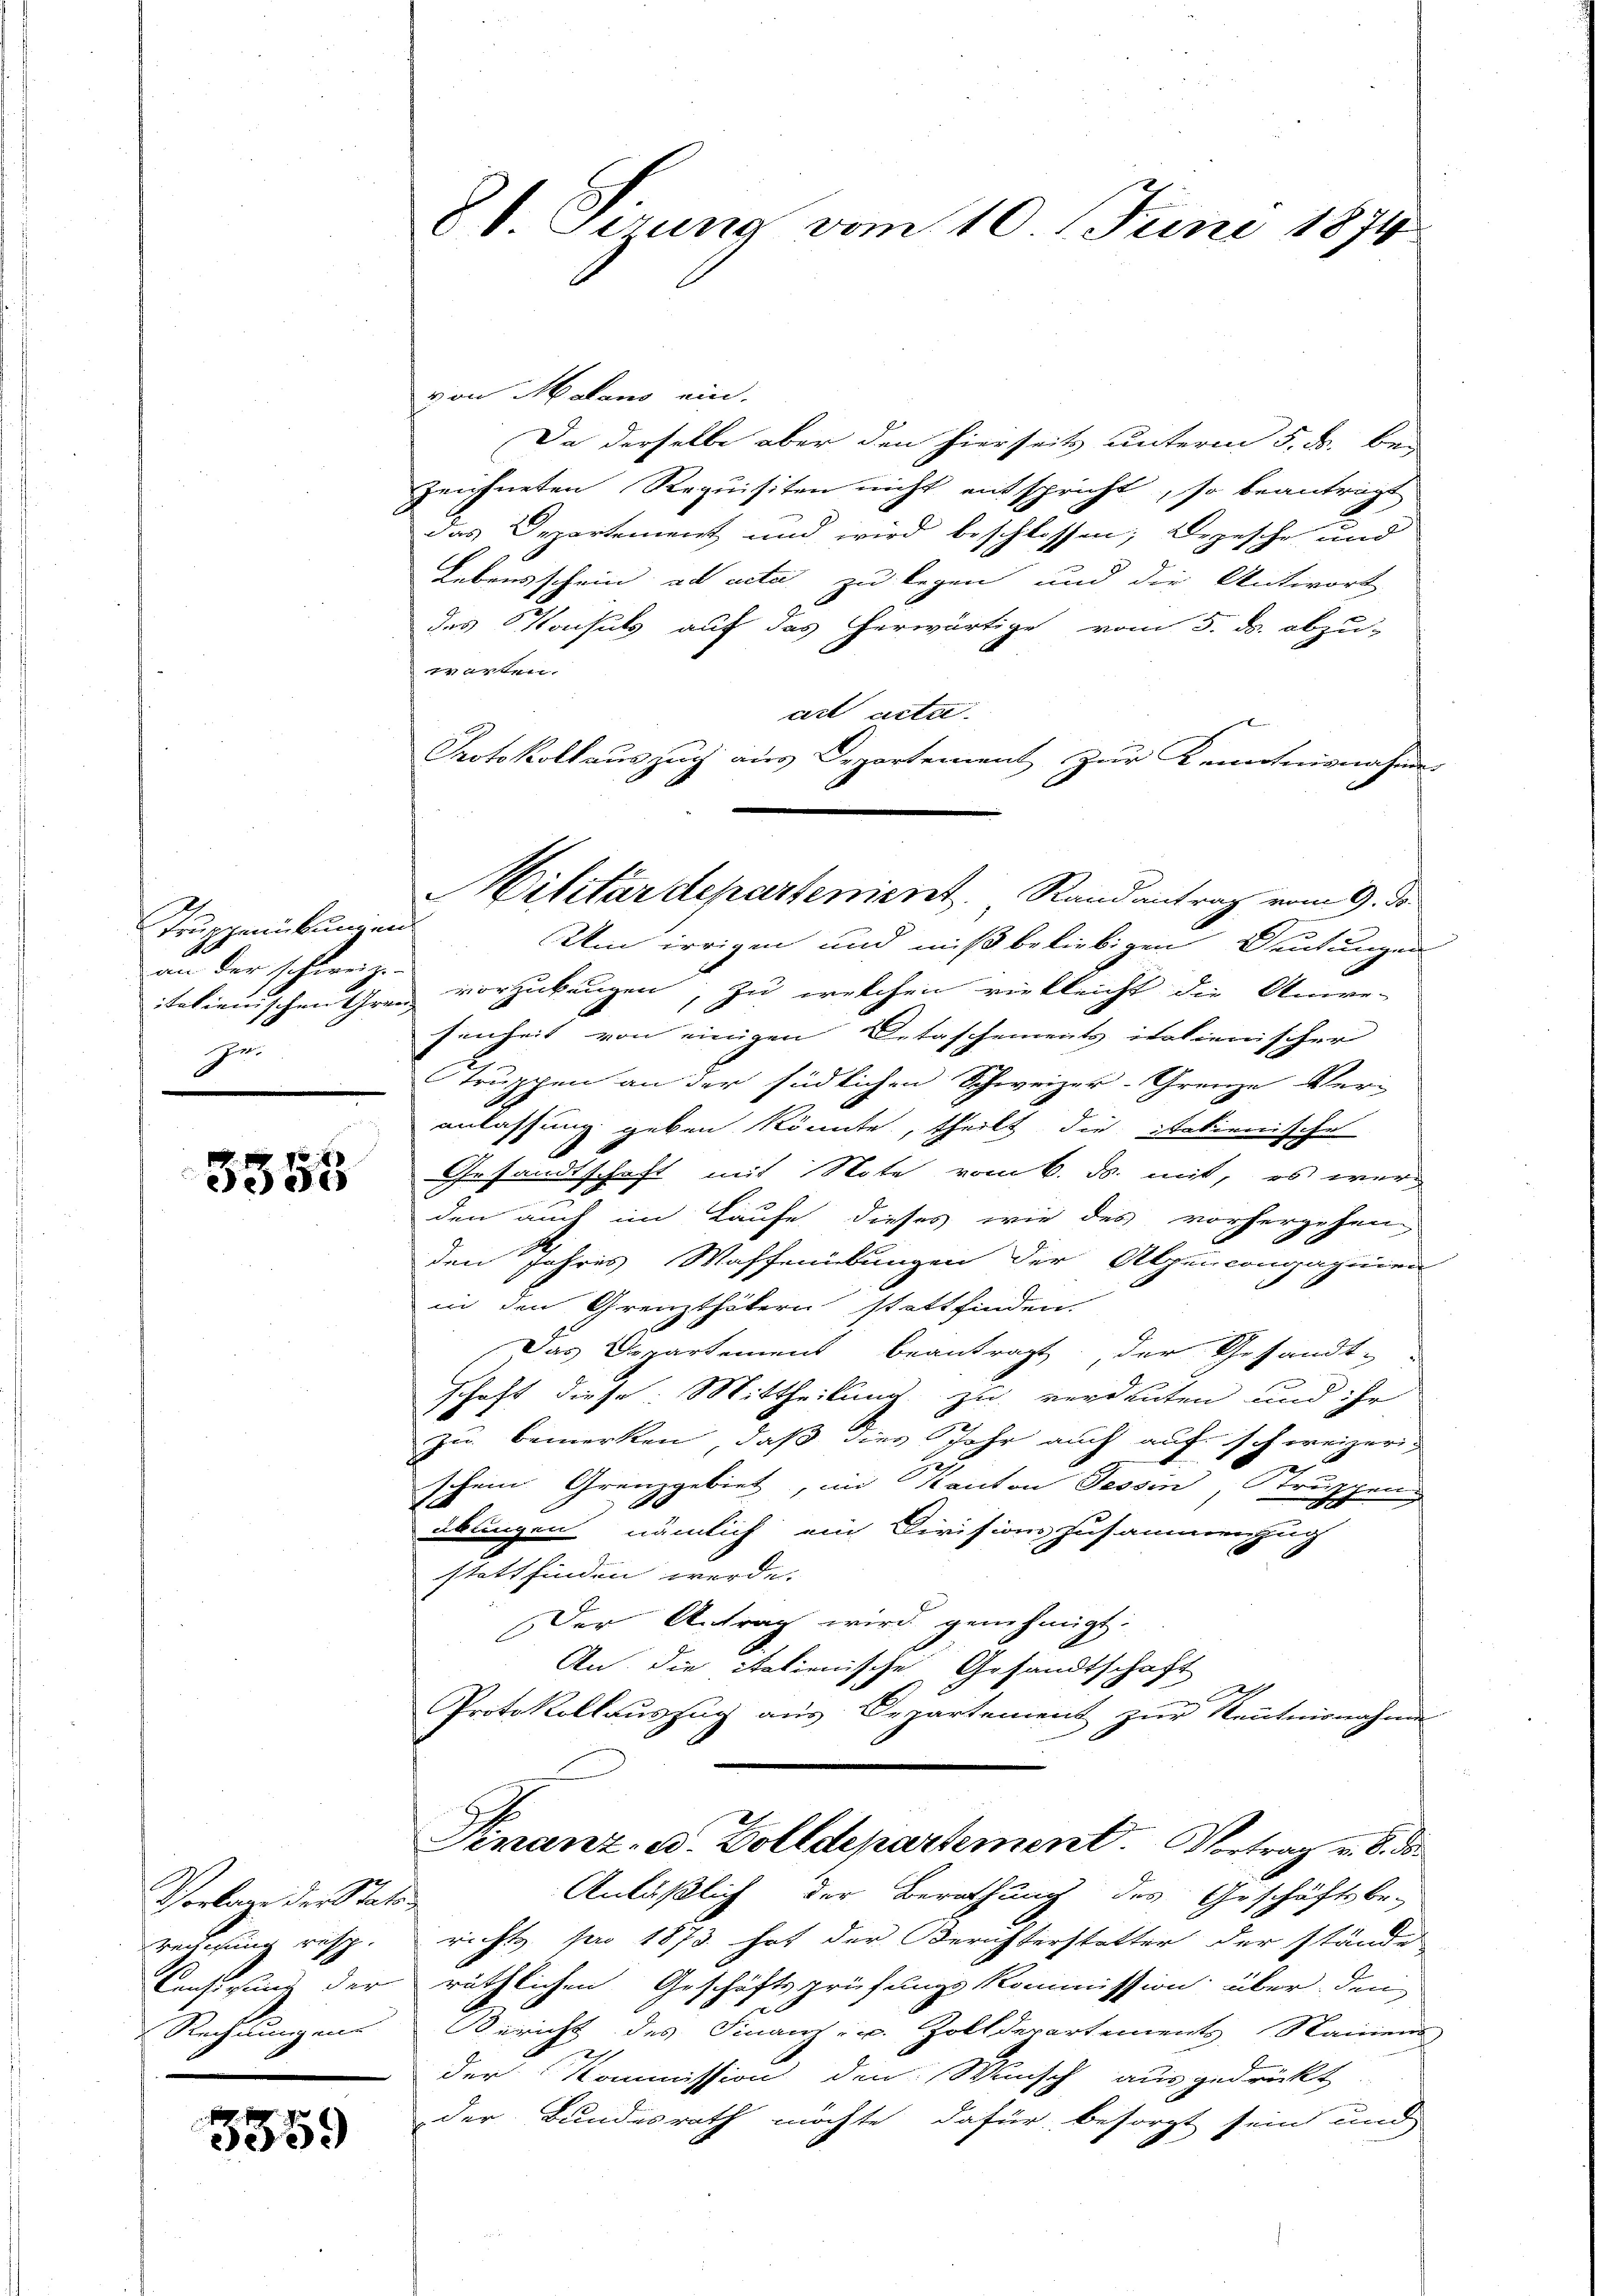
Teschmückungen
an der schweiz.
italienischen Gren
ge.

3358

Verbare der Statt
redigung resp.
Cansigung der
Rechnungen
.

3559

8t. Gerung vom 10. Juni 1874

von Malens ein.
Da derselbe aber den hierseits unterm 5. B. bei
zeichneten Requisiten nicht entspricht, so beanträgt
das Departement und wird beschlossen; Depesche und
Lebensschein ad acta zu legen und die Antwort
des Konsuls auf das herwärtige vom 5. ds. abzu-
rwarten.
art acte
x
Protokollauszug aus Departement zur Kenntnisnahme
2
Um irrigen und mißbeliebigen Deutungen
vorzubeugen, zu welchen vielleicht die Anwe-
senheit von einigen Detaschements italienischer
truppen an der südlichen Schweizer-Grenze Veranlassung geben könnte, theilt die Italienische
2
Gesandtschaft mit Note vom 6. ds. mit, es werden auch im Laufe dieses wie des vorhergehen
S
den Jahres Waffenübungen der Alpencongaginien
in den Grenzthätern stattfinden.
Das Departement beantragt, der Gesandt-
schaft diese Mittheilung zu verdeuten und ihr
zu bemerken, daß dies Jahr auch auf schweizerischein Grenzgebiet, im Kanton Tessin, Struppen
übungen nämlich ein Divisionszusammenzug
stattfinden werde.
Der Antrag wird genehmigt.
An die italienische Gesandtschaft
Protokollauszug aus Departement zur Kentnisnahme
Finanz- u. Zolldepartement. Vortrag v. 6. ds.
Anläßlich der Berathung des Geschäftsbe-
richts pro 1873 hat der Berichterstatter der stände
räthlichen Geschäftsprüfungskommission über den
Bericht des Finanz- u. Zolldepartements Namen
der Kommission den Wunsch ausgedrückt
Der Bundesrath möchte dafür besorgt sein und

Militärdepartement. Randantrag vom 9. ds.